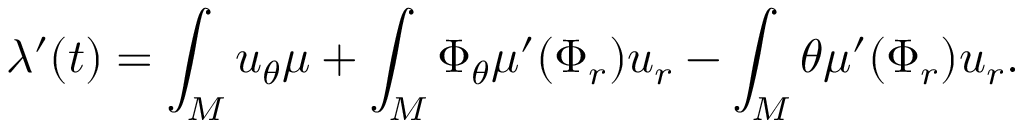
\lambda ^ { \prime } ( t ) = \int _ { M } u _ { \theta } \mu + \int _ { M } \Phi _ { \theta } \mu ^ { \prime } ( \Phi _ { r } ) u _ { r } - \int _ { M } \theta \mu ^ { \prime } ( \Phi _ { r } ) u _ { r } .